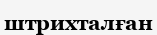
штрихталған